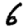
Digit: 6